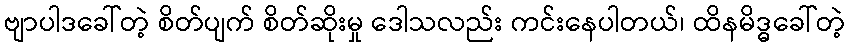
ဗျာပါဒခေါ်တဲ့ စိတ်ပျက် စိတ်ဆိုးမှု ဒေါသလည်း ကင်းနေပါတယ်၊ ထိနမိဒ္ဓခေါ်တဲ့